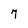
Character: 7